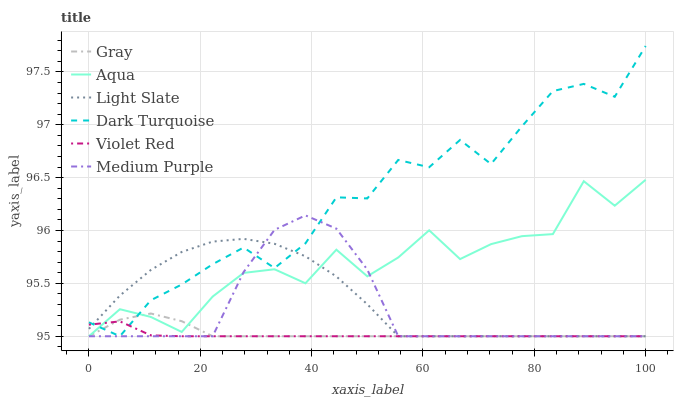
| xaxis_label | Gray | Aqua | Light Slate | Dark Turquoise | Violet Red | Medium Purple |
 | --- | --- | --- | --- | --- | --- | --- |
 | 0 | 95 | 95 | 95.1 | 95.1 | 95.1 | 95 |
 | 5.56 | 95.2 | 95.3 | 95.4 | 95 | 95.1 | 95 |
 | 11.1 | 95.2 | 95.2 | 95.6 | 95.3 | 95 | 95 |
 | 16.7 | 95.1 | 95 | 95.8 | 95.5 | 95 | 95 |
 | 22.2 | 95 | 95.4 | 95.9 | 95.7 | 95 | 95 |
 | 27.8 | 95 | 95.6 | 95.9 | 95.8 | 95 | 95.6 |
 | 33.3 | 95 | 95.6 | 95.9 | 95.6 | 95 | 96 |
 | 38.9 | 95 | 95.5 | 95.8 | 95.9 | 95 | 96.1 |
 | 44.4 | 95 | 95.8 | 95.6 | 96.3 | 95 | 96 |
 | 50 | 95 | 95.6 | 95.3 | 96.3 | 95 | 95.6 |
 | 55.6 | 95 | 95.7 | 95 | 96.7 | 95 | 95 |
 | 61.1 | 95 | 96 | 95 | 96.6 | 95 | 95 |
 | 66.7 | 95 | 95.7 | 95 | 96.9 | 95 | 95 |
 | 72.2 | 95 | 95.9 | 95 | 96.6 | 95 | 95 |
 | 77.8 | 95 | 95.9 | 95 | 97 | 95 | 95 |
 | 83.3 | 95 | 96 | 95 | 97.3 | 95 | 95 |
 | 88.9 | 95 | 96.5 | 95 | 97.4 | 95 | 95 |
 | 94.4 | 95 | 96.2 | 95 | 97.3 | 95 | 95 |
 | 100 | 95 | 96.5 | 95 | 97.7 | 95 | 95 |